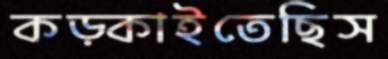
কড়্‌কাইতেছিস